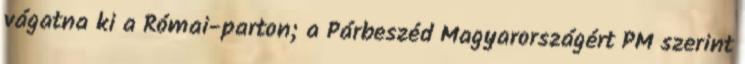
vágatna ki a Római-parton; a Párbeszéd Magyarországért PM szerint